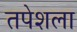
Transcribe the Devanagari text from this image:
तपेशला